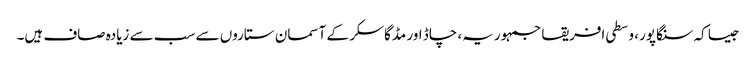
جیسا کہ سنگاپور، وسطی افریقا جمہوریہ، چاڈ اور مڈگاسکر کے آسمان ستاروں سے سب سے زیادہ صاف ہیں۔